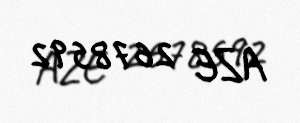
AZE 2678592